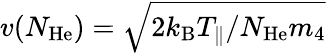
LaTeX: v(N_{\mathrm{He}})=\sqrt{2k_{\mathrm{B}}T_{\parallel}/N_{\mathrm{He}}m_{4}}